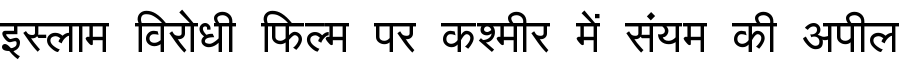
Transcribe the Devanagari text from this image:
इस्लाम विरोधी फिल्म पर कश्मीर में संयम की अपील